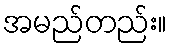
အမည်တည်း။